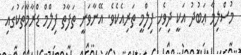
މުސްލިމާ ޢަބުދު އަކީ ދިވެހި ފިލްމީ ތަރިއެކެވެ. އޭނާވަނީ ތަފާތު ފިލްމް ޑްރާމާތަކުގައި